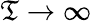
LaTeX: \mathfrak{T}\to\infty